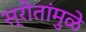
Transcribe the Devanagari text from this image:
स्रोतांमुळे